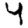
Digit: 4